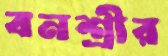
বনশ্রীর